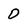
Character: 0